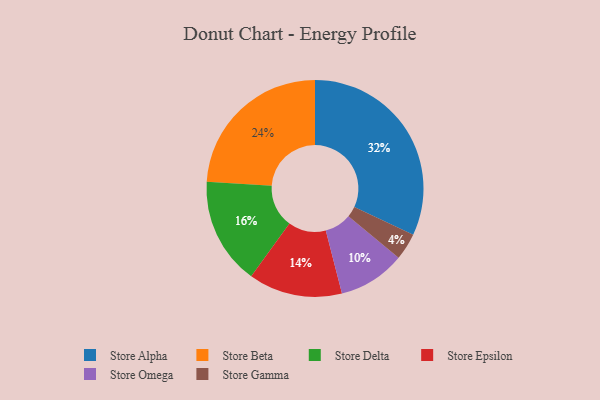
{"axis": {"x": "Category", "y": "Percentage"}, "legend": ["Store Alpha", "Store Beta", "Store Delta", "Store Epsilon", "Store Gamma", "Store Omega"], "data": [{"x": "Store Omega", "y": 10, "type": "Store Omega"}, {"x": "Store Delta", "y": 16, "type": "Store Delta"}, {"x": "Store Epsilon", "y": 14, "type": "Store Epsilon"}, {"x": "Store Alpha", "y": 32, "type": "Store Alpha"}, {"x": "Store Beta", "y": 24, "type": "Store Beta"}, {"x": "Store Gamma", "y": 4, "type": "Store Gamma"}]}